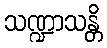
သဏ္ဍာသန္တိ